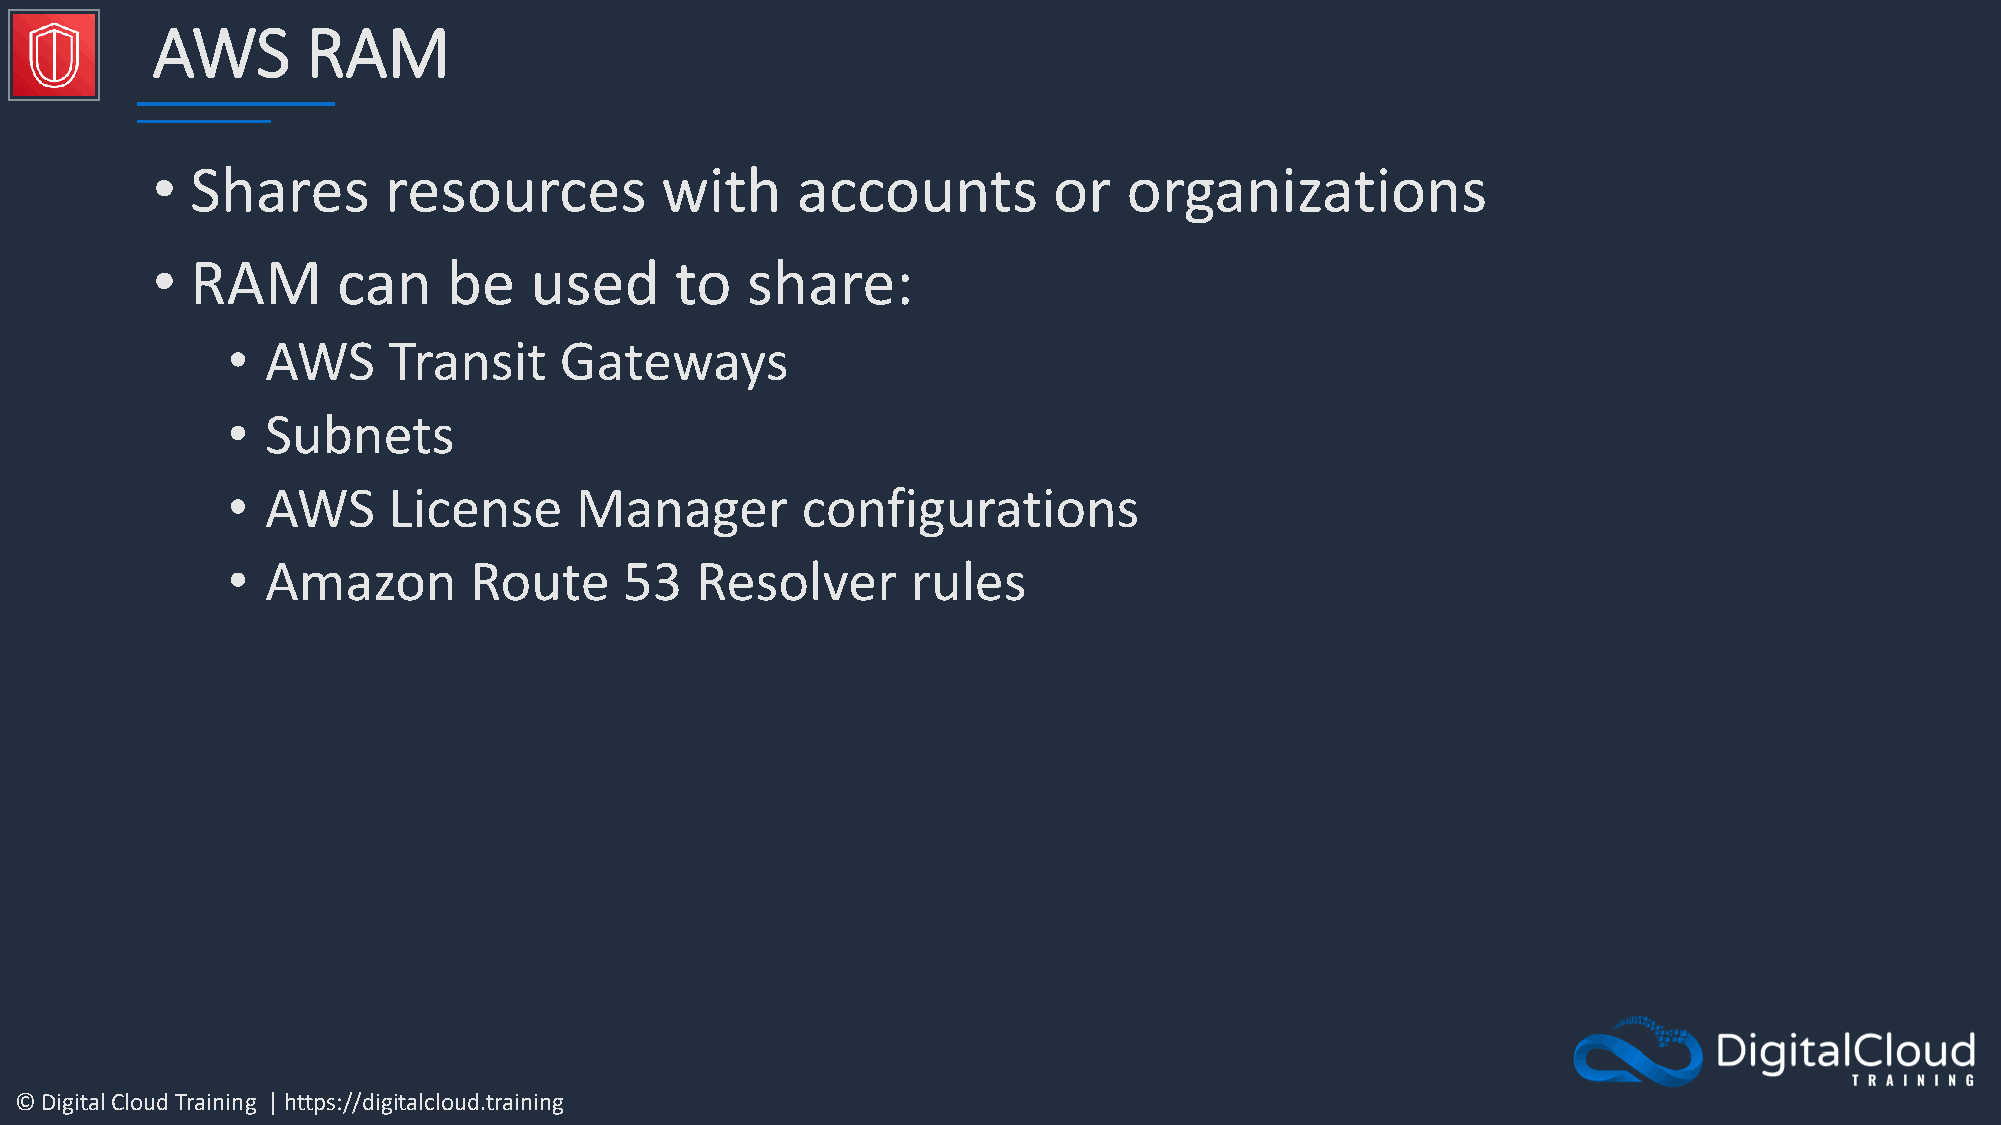
AWS       RAM
 •  Shares      resources          with     accounts         or   organizations
 •  RAM      can     be   used      to  share:
 •  AWS     Transit    Gateways
 •  Subnets
 •  AWS     License     Manager        configurations
 •  Amazon       Route     53   Resolver      rules
 © Digital Cloud Training | https://digitalcloud.training